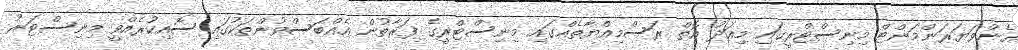
އެންވަޔަރަންމަންޓް މިނިސްޓްރީގައި މިއަދު އޮތް ރަސްމިއްޔާތެއްގައި މިނިސްޓްރީގެ ފަރާތުން އެއްބަސްވުންތަކުގައި ސޮއިކުރެއްވީ މިނިސްޓަރު